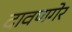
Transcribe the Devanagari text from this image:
दावणगेर